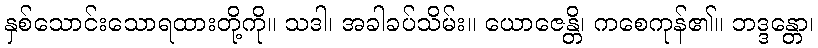
နှစ်သောင်းသောရထားတို့ကို။ သဒါ၊ အခါခပ်သိမ်း။ ယောဇေန္တိ၊ ကစေကုန်၏။ ဘဒ္ဒန္တော၊